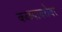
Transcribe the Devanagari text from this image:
कळपाबरोबर